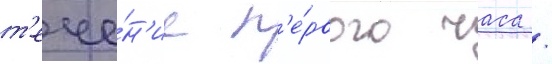
т'ече́н'ие п'е́рвого часа /